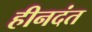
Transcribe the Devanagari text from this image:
हीनदंत